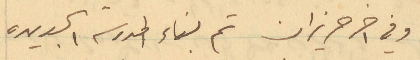
وفي ١ حزيران تم بناء المدرسة الجديدة